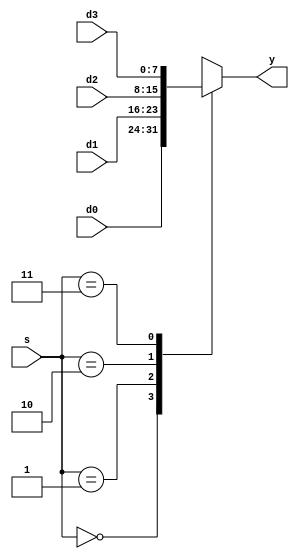
`timescale 1ns / 1ps

module mux4 #(parameter WIDTH = 8)(
	input wire[WIDTH-1:0] d0,d1,d2,d3,
	input wire[1:0] s,
	output wire[WIDTH-1:0] y
    );
    reg[WIDTH-1:0] out;
    always @(*)begin
        case(s)
            2'b00: out <= d0;
            2'b01: out <= d1;
            2'b10: out <= d2;
            2'b11: out <= d3;
        endcase
    end
    assign y = out;
endmodule